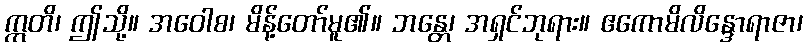
ဣတိ၊ ဤသို့။ အဝေါစ၊ မိန့်တော်မူ၏။ ဘန္တေ၊ အရှင်ဘုရား။ ဧကောမိလိန္ဒောရာဇာ၊